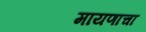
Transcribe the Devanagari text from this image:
मायणाचा